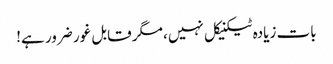
بات زیادہ ٹیکنیکل نہیں، مگر قابل غور ضرور ہے!